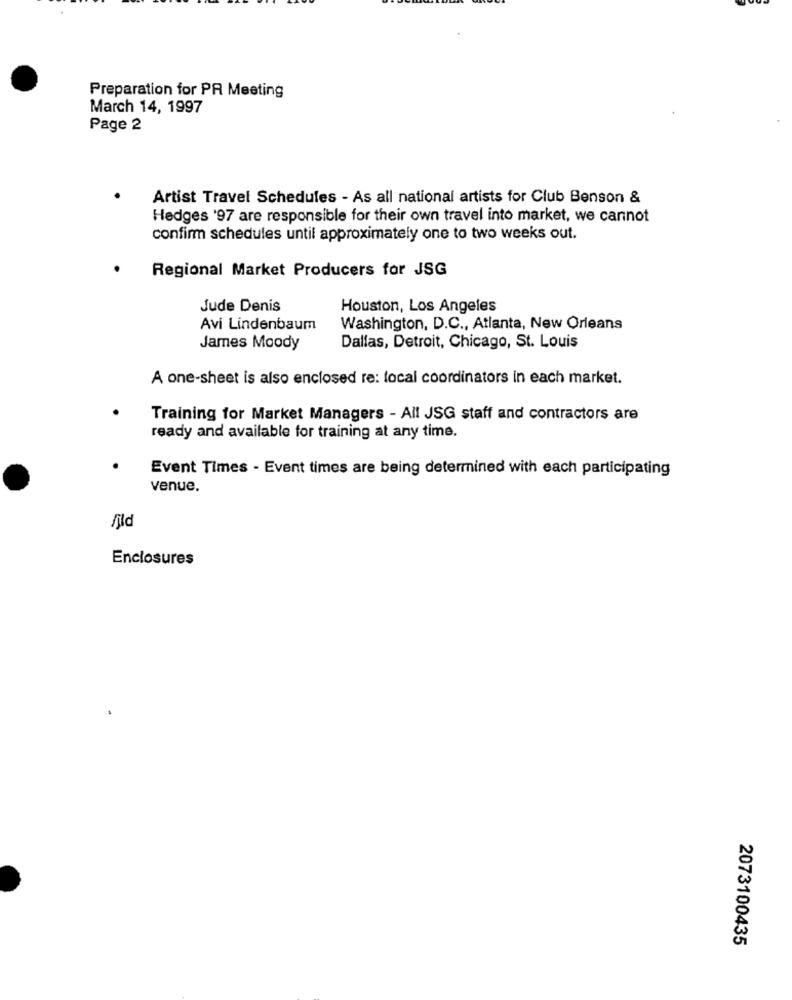
Preparation for PR Meeting
March 14, 1997
Page 2
Artist Travel Schedules - As all national artists for Club Benson &
Hedges '97 are responsible for their own travel into market, we cannot
confirm schedules until approximately one to two weeks out.
Regional Market Producers for JSG
Jude Denis
Houston, Los Angeles
Avi Lindenbaum
Washington, D.C ., Atlanta, New Orleans
James Moody
Dallas, Detroit, Chicago, St. Louis
A one-sheet is also enclosed re: local coordinators in each market.
Training for Market Managers - All JSG staff and contractors are
ready and available for training at any time.
Event Times - Event times are being determined with each participating
venue.
Enclosures
2073100435